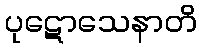
ပုဋောသေနာတိ